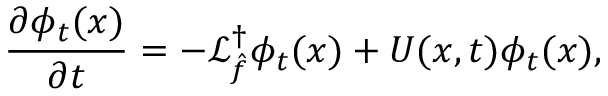
\frac { \partial \phi _ { t } ( x ) } { \partial t } = - \mathcal { L } _ { \hat { f } } ^ { \dagger } \phi _ { t } ( x ) + U ( x , t ) \phi _ { t } ( x ) ,